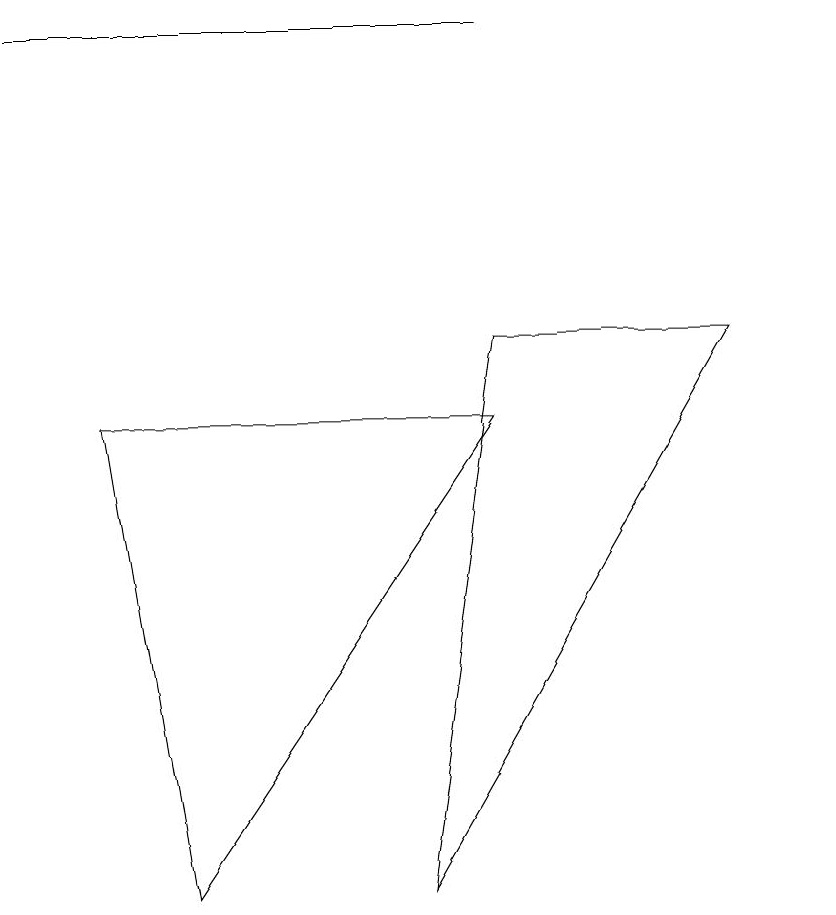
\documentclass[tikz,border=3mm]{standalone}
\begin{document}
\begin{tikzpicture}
\draw (2,2) -- (6,8) -- (1,8) -- cycle;
\draw (5,2) -- (6,9) -- (9,9) -- cycle;
\draw (0,13) rectangle (6,13);
\draw (10,10) circle (0);
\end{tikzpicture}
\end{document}